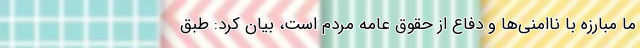
ما مبارزه با ناامنی‌ها و دفاع از حقوق عامه مردم است، بیان کرد: طبق